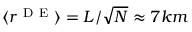
\langle r ^ { \mathrm { ~ D ~ E ~ } } \rangle = L / \sqrt { N } \approx 7 k m